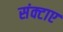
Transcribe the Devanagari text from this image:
संक्टाए